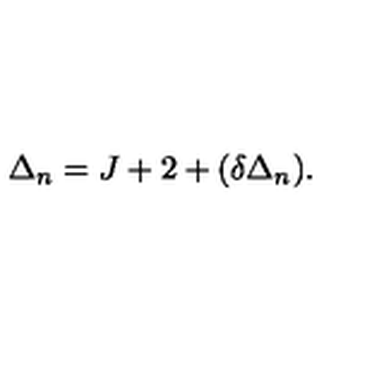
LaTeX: \Delta _ { n } = J + 2 + ( \delta \Delta _ { n } ) .